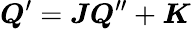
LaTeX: \boldsymbol{Q}^{\prime}=\boldsymbol{J}\boldsymbol{Q}^{\prime\prime}+\boldsymbol{K}